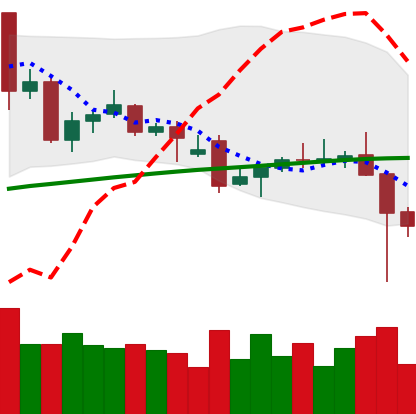
Ticker: TRX-USD
Chart end date: 2021-12-05
Forward return: 4.288%
Label: up_3_5